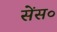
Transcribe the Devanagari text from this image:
सेंस०